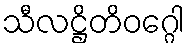
သီလဋ္ဌိတိဝဂ္ဂေါ